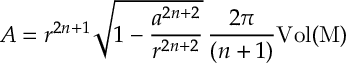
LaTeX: A = r ^ { 2 n + 1 } \sqrt { 1 - \frac { a ^ { 2 n + 2 } } { r ^ { 2 n + 2 } } } \, \frac { 2 \pi } { ( n + 1 ) } { \mathrm { V o l { ( M ) } } }